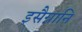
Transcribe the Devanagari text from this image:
इसैग्नानि